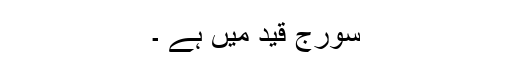
سورج قید میں ہے ۔